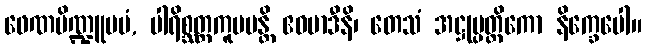
ဖေဏပိဏ္ဍူပမံ, ပါရိစ္ဆတ္တကူပမန္တိ ဧဝမာဒီနိ၊ တေသံ အဋ္ဌုပ္ပတ္တိကော နိက္ခေပေါ။